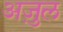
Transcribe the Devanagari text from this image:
अजु़ल